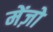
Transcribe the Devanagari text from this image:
मेंज़ो